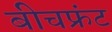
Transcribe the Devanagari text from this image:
बीचफ्रंट